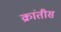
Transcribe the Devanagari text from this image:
क्रांतीस